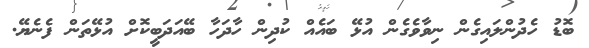
ބޮޑު ހެދުންލައިގެން ނިވާވެގެން އުޅޭ ބައެއް ކުދިން ހާދަހާ ބޭއަދަބީކޮށް އުޅޭތަން ފެނެޔޭ.